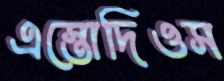
এস্তোদিওস